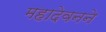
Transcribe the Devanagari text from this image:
महादेवनने